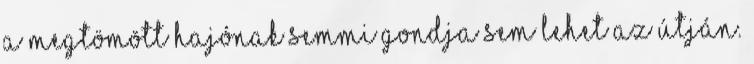
A megtömött hajónak semmi gondja sem lehet az útján.